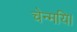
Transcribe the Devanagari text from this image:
चेन्मयि।